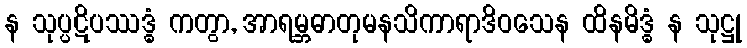
န သုပ္ပဋိပဿဒ္ဓံ ကတွာ, အာရမ္ဘဓာတုမနသိကာရာဒိဝသေန ထိနမိဒ္ဓံ န သုဋ္ဌု